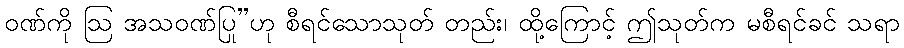
ဝဏ်ကို ဩ အသဝဏ်ပြု”ဟု စီရင်သောသုတ် တည်း၊ ထို့ကြောင့် ဤသုတ်က မစီရင်ခင် သရာ